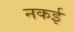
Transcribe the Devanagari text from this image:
नकई